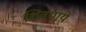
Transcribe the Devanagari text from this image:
शिवयायें